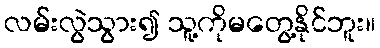
လမ်းလွဲသွား၍ သူ့ကိုမတွေ့နိုင်ဘူး။